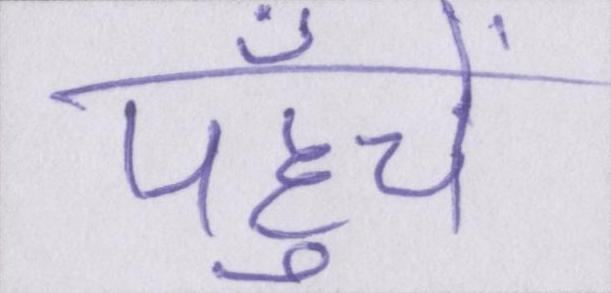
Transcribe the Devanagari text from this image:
पहुँचें